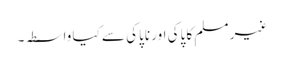
غیر مسلم کا پاکی اور ناپاکی سے کیا واسطہ۔